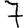
Digit: 7